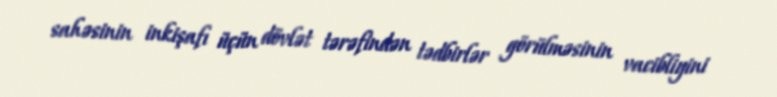
sahəsinin inkişafı üçün dövlət tərəfindən tədbirlər görülməsinin vacibliyini